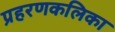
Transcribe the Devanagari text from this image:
प्रहरणकलिका